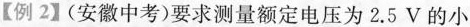
【例2】(安徽中考)要求测量额定电压为2.5V的小